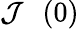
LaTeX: \mathcal{J}^{\mathrm{~\, ~}}(0)